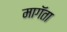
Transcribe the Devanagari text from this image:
मागॅता